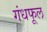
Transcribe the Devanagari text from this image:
गंधफूल